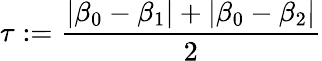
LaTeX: \tau:=\frac{\left|\beta_{0}-\beta_{1}\right|+\left|\beta_{0}-\beta_{2}\right|}{2}